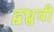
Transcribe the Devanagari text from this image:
द्वध्रुवी